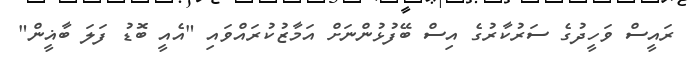
ރައީސް ވަހީދުގެ ސަރުކާރުގެ އިސް ބޭފުޅުންނަށް އަމާޒުކުރައްވައި "އެއީ ބޮޑު ފަލަ ބާޣީން"